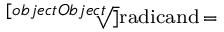
\scriptstyle { \sqrt [ [object Object] ] { \scriptstyle { \mathrm { r a d i c a n d } } } } \, =